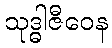
သုဒ္ဓါဇီဝေန